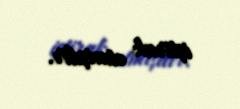
iştirak etmişdir.